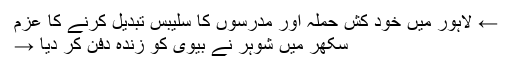
← لاہور میں خود کش حملہ اور مدرسوں کا سلیبس تبدیل کرنے کا عزم
سکھر میں شوہر نے بیوی کو زندہ دفن کر دیا →